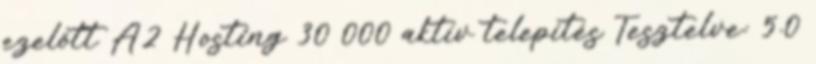
ezelőtt A2 Hosting 30 000 aktív telepítés Tesztelve: 5.0